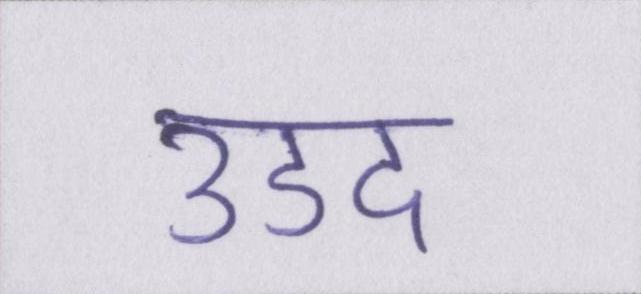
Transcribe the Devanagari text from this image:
उडद